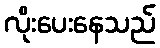
လိုးပေးနေသည်